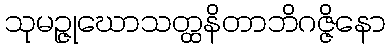
သုမဉ္ဇုဃောသတ္ထနိတာဘိဂဇ္ဇိနော